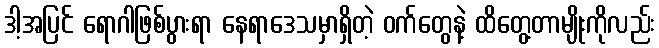
ဒါ့အပြင် ရောဂါဖြစ်ပွားရာ နေရာဒေသမှာရှိတဲ့ ဝက်တွေနဲ့ ထိတွေ့တာမျိုးကိုလည်း